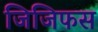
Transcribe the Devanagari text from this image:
जिजिफस